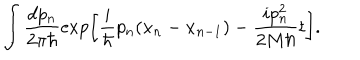
\int \frac { d p _ { n } } { 2 \pi \hbar } \exp \left[ \frac { i } { \hbar } p _ { n } ( x _ { n } - x _ { n - 1 } ) - \frac { i p _ { n } ^ { 2 } } { 2 M \hbar } t \right] . \nonumber